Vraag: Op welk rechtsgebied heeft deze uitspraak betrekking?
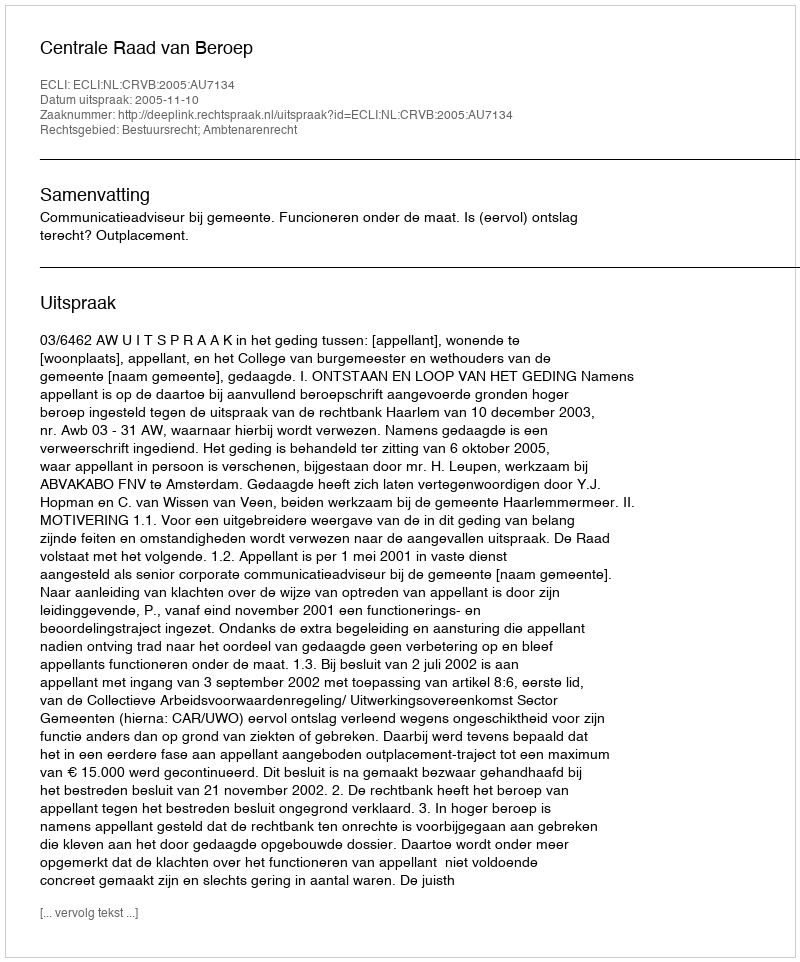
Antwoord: Bestuursrecht; Ambtenarenrecht